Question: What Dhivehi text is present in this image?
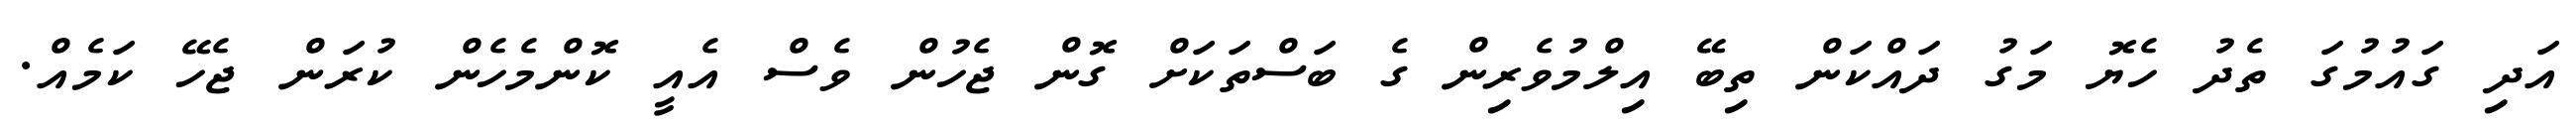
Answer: އަދި ގައުމުގަ ތެދު ހެޔޮ މަގު ދައްކަން ތިބޭ އިލްމުވެރިން ގެ ބަސްތަކަށް ގޮން ޖެހުން ވެސް އެއީ ކޮންމެހެން ކުރަން ޖެހޭ ކަމެއް.